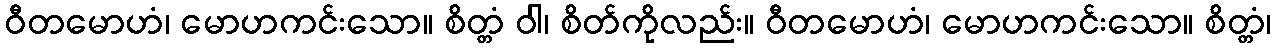
ဝီတမောဟံ၊ မောဟကင်းသော။ စိတ္တံ ဝါ၊ စိတ်ကိုလည်း။ ဝီတမောဟံ၊ မောဟကင်းသော။ စိတ္တံ၊